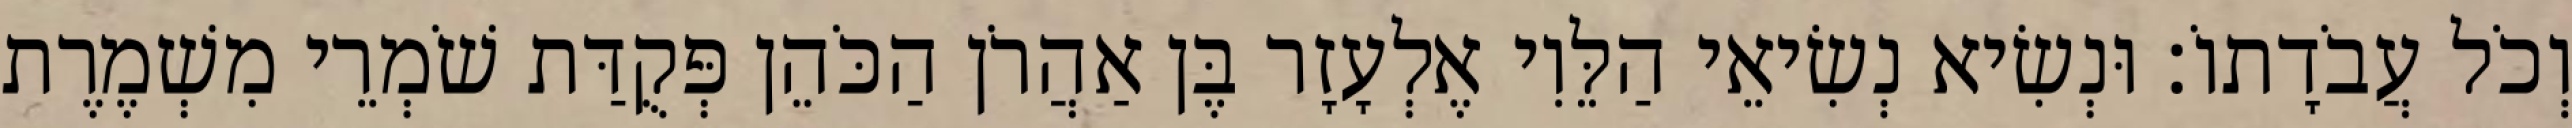
וְכֹל עֲבֹדָתוֹ׃ וּנְשִׂיא נְשִׂיאֵי הַלֵּוִי אֶלְעָזָר בֶּן אַהֲרֹן הַכֹּהֵן פְּקֻדַּת שֹׁמְרֵי מִשְׁמֶרֶת